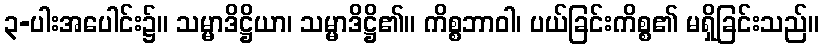
၃-ပါးအပေါင်း၌။ သမ္မာဒိဋ္ဌိယာ၊ သမ္မာဒိဋ္ဌိ၏။ ကိစ္စဘာဝါ၊ ပယ်ခြင်းကိစ္စ၏ မရှိခြင်းသည်။